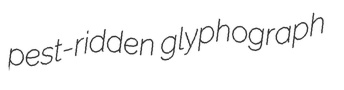
pest-ridden glyphograph